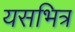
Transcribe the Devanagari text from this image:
यसभित्र